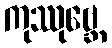
ကုဿုဗ္ဘေ